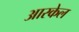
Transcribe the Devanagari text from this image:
आरकेल